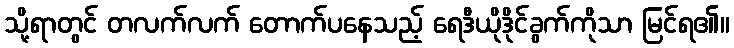
သို့ရာတွင် တလက်လက် တောက်ပနေသည့် ရေဒီယိုဒိုင်ခွက်ကိုသာ မြင်ရ၏။